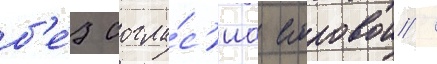
б'е́з согла́с'иа егоровои /